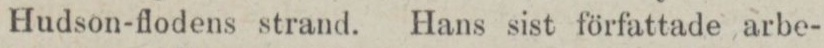
Hudson-flodens strand. Hans sist författade arbe-